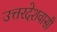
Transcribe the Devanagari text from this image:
उत्तरदेशवासी